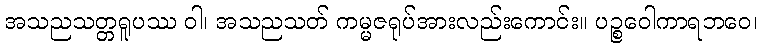
အသညသတ္တရူပဿ ဝါ၊ အသညသတ် ကမ္မဇရုပ်အားလည်းကောင်း။ ပဉ္စဝေါကာရဘဝေ၊